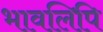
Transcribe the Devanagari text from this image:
भावलिपि